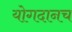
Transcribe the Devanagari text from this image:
योगदानच